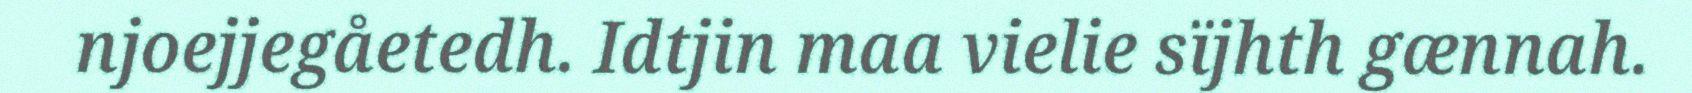
njoejjegåetedh. Idtjin maa vielie sïjhth gænnah.